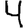
Digit: 4